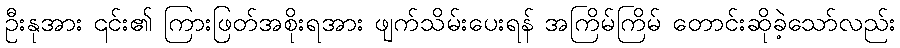
ဦးနုအား ၎င်း၏ ကြားဖြတ်အစိုးရအား ဖျက်သိမ်းပေးရန် အကြိမ်ကြိမ် တောင်းဆိုခဲ့သော်လည်း